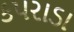
કપરાડા